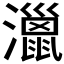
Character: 𤁯